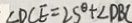
\angle D C E = 2 5 ^ { \circ } + \angle D B C